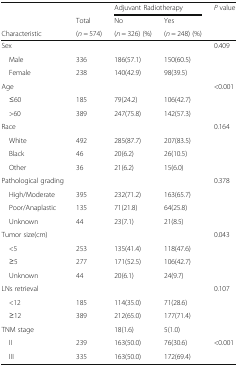
<table><thead><tr><td></td><td></td><td colspan="2"><b>Adjuvant Radiotherapy</b></td><td rowspan="3"><b><i>P</i> value</b></td></tr><tr><td></td><td><b>Total</b></td><td><b>No</b></td><td><b>Yes</b></td></tr><tr><td><b>Characteristic</b></td><td><b>(<i>n</i> = 574)</b></td><td><b>(<i>n</i> = 326) (%)</b></td><td><b>(<i>n</i> = 248) (%)</b></td></tr></thead><tbody><tr><td>Sex</td><td></td><td></td><td></td><td>0.409</td></tr><tr><td> Male</td><td>336</td><td>186(57.1)</td><td>150(60.5)</td><td></td></tr><tr><td> Female</td><td>238</td><td>140(42.9)</td><td>98(39.5)</td><td></td></tr><tr><td>Age</td><td></td><td></td><td></td><td>&lt;0.001</td></tr><tr><td> ≤60</td><td>185</td><td>79(24.2)</td><td>106(42.7)</td><td></td></tr><tr><td> &gt;60</td><td>389</td><td>247(75.8)</td><td>142(57.3)</td><td></td></tr><tr><td>Race</td><td></td><td></td><td></td><td>0.164</td></tr><tr><td> White</td><td>492</td><td>285(87.7)</td><td>207(83.5)</td><td></td></tr><tr><td> Black</td><td>46</td><td>20(6.2)</td><td>26(10.5)</td><td></td></tr><tr><td> Other</td><td>36</td><td>21(6.2)</td><td>15(6.0)</td><td></td></tr><tr><td>Pathological grading</td><td></td><td></td><td></td><td>0.378</td></tr><tr><td> High/Moderate</td><td>395</td><td>232(71.2)</td><td>163(65.7)</td><td></td></tr><tr><td> Poor/Anaplastic</td><td>135</td><td>71(21.8)</td><td>64(25.8)</td><td></td></tr><tr><td> Unknown</td><td>44</td><td>23(7.1)</td><td>21(8.5)</td><td></td></tr><tr><td>Tumor size(cm)</td><td></td><td></td><td></td><td>0.043</td></tr><tr><td> &lt;5</td><td>253</td><td>135(41.4)</td><td>118(47.6)</td><td></td></tr><tr><td> ≥5</td><td>277</td><td>171(52.5)</td><td>106(42.7)</td><td></td></tr><tr><td> Unknown</td><td>44</td><td>20(6.1)</td><td>24(9.7)</td><td></td></tr><tr><td>LNs retrieval</td><td></td><td></td><td></td><td>0.107</td></tr><tr><td> &lt;12</td><td>185</td><td>114(35.0)</td><td>71(28.6)</td><td></td></tr><tr><td> ≥12</td><td>389</td><td>212(65.0)</td><td>177(71.4)</td><td></td></tr><tr><td>TNM stage</td><td></td><td>18(1.6)</td><td>5(1.0)</td><td></td></tr><tr><td> II</td><td>239</td><td>163(50.0)</td><td>76(30.6)</td><td>&lt;0.001</td></tr><tr><td> III</td><td>335</td><td>163(50.0)</td><td>172(69.4)</td><td></td></tr></tbody></table>